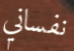
نفساني